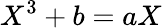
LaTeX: X^{3}+b=aX